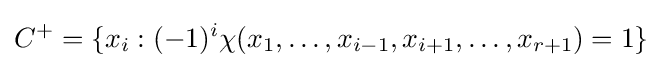
C^{+}=\{x_{i}:(-1)^{i}\chi (x_{1},\dots ,x_{i-1},x_{i+1},\dots ,x_{r+1})=1\}